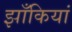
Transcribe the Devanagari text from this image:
झाँकियां